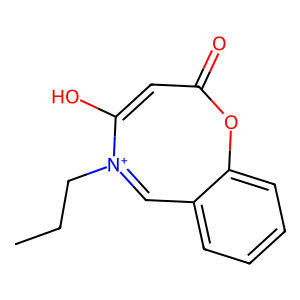
SMILES: CCC[N+]1=Cc2ccccc2OC(=O)C=C1O
Inhibits HIV replication: No